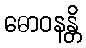
ဓောဝနန္တိ